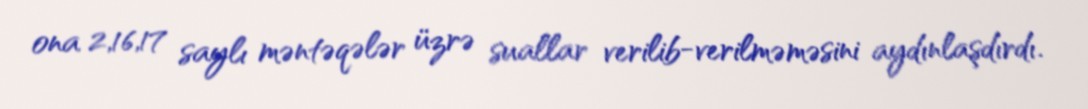
ona 2,16,17 saylı məntəqələr üzrə suallar verilib-verilməməsini aydınlaşdırdı.